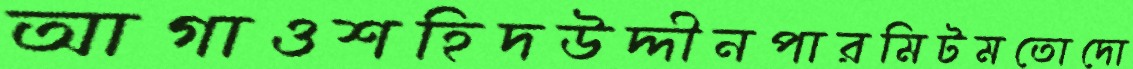
আগাওশহিদউদ্দীনপারমিটমতোদো